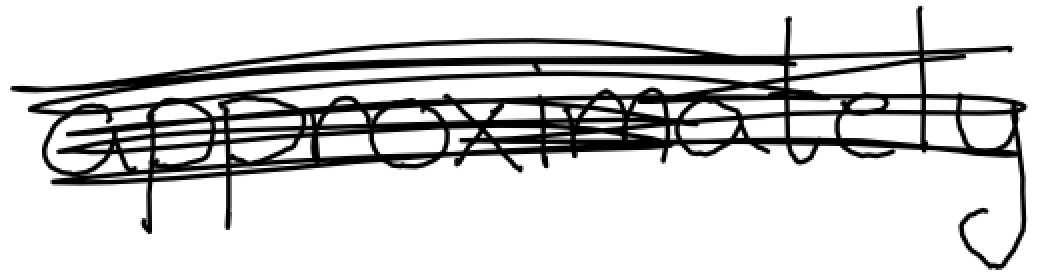
Text: approximately
Cross-out: scratch
Writing tool: digital_black